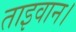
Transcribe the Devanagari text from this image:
ताइवान।